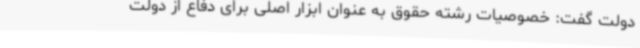
دولت گفت: خصوصیات رشته حقوق به عنوان ابزار اصلی برای دفاع از دولت